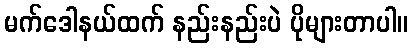
မက်ဒေါနယ်ထက် နည်းနည်းပဲ ပိုများတာပါ။